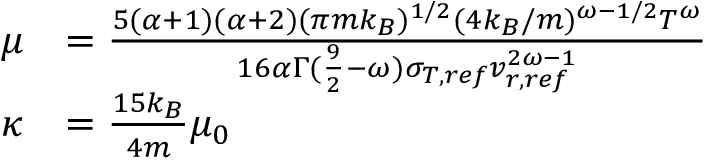
\begin{array} { r l } { \mu } & { = \frac { 5 ( \alpha + 1 ) ( \alpha + 2 ) ( \pi m k _ { B } ) ^ { 1 / 2 } ( 4 k _ { B } / m ) ^ { \omega - 1 / 2 } T ^ { \omega } } { 1 6 \alpha \Gamma ( \frac { 9 } { 2 } - \omega ) \sigma _ { T , r e f } v _ { r , r e f } ^ { 2 \omega - 1 } } } \\ { \kappa } & { = \frac { 1 5 k _ { B } } { 4 m } \mu _ { 0 } } \end{array}